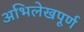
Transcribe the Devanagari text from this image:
अभिलेखपूर्ण